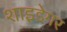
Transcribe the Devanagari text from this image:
शाइडेगर